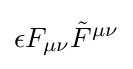
\epsilon F_{\mu \nu }{\tilde {F}}^{\mu \nu }